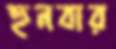
হুনবার